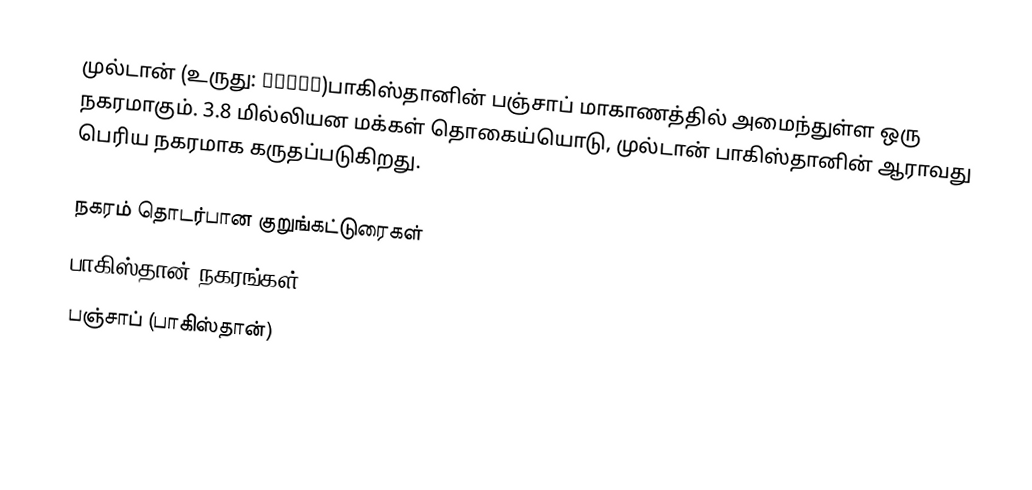
முல்டான் (உருது: ملتان)பாகிஸ்தானின் பஞ்சாப் மாகாணத்தில் அமைந்துள்ள ஒரு நகரமாகும். 3.8 மில்லியன மக்கள் தொகைய்யொடு, முல்டான் பாகிஸ்தானின் ஆராவது பெரிய நகரமாக கருதப்‌படுகிறது.

நகரம் தொடர்பான குறுங்கட்டுரைகள்
பாகிஸ்தான் நகரங்கள்
பஞ்சாப் (பாகிஸ்தான்)